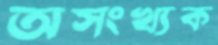
অসংখ্যক